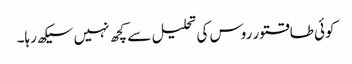
کوئی طاقتور روس کی تحلیل سے کچھ نہیں سیکھ رہا۔